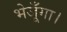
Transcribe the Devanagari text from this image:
भेजूँगा।